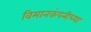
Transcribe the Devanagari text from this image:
विमानकंपनीच्या